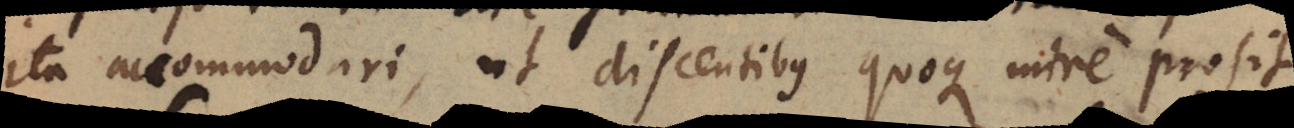
ita accommodari, ut discentibus quoque mire prosit